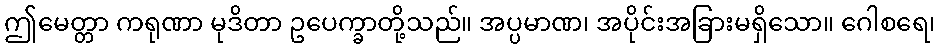
ဤမေတ္တာ ကရုဏာ မုဒိတာ ဥပေက္ခာတို့သည်။ အပ္ပမာဏ၊ အပိုင်းအခြားမရှိသော။ ဂေါစရေ၊